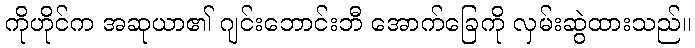
ကိုဟိုင်က အဆုယာ၏ ဂျင်းဘောင်းဘီ အောက်ခြေကို လှမ်းဆွဲထားသည်။